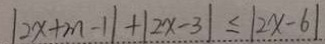
\vert 2 x + m - 1 \vert + \vert 2 x - 3 \vert \leq \vert 2 x - 6 \vert